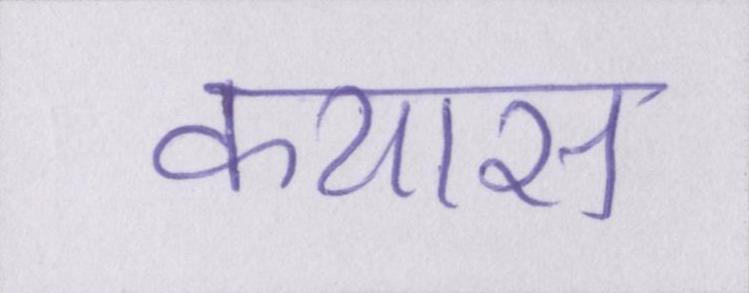
कयास